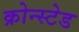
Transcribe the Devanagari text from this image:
क्रोन्स्टेड